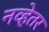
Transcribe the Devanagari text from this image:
नव्हेतर